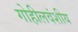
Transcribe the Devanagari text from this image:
गोहीलवंशीय